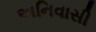
અનિવાસી